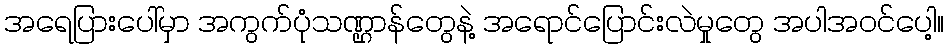
အရေပြားပေါ်မှာ အကွက်ပုံသဏ္ဌာန်တွေနဲ့ အရောင်ပြောင်းလဲမှုတွေ အပါအဝင်ပေါ့။